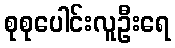
စုစုပေါင်းလူဦးရေ